Punjab Mental Hospital Lahore 1932-46 - 1932-1946
Year: 1932
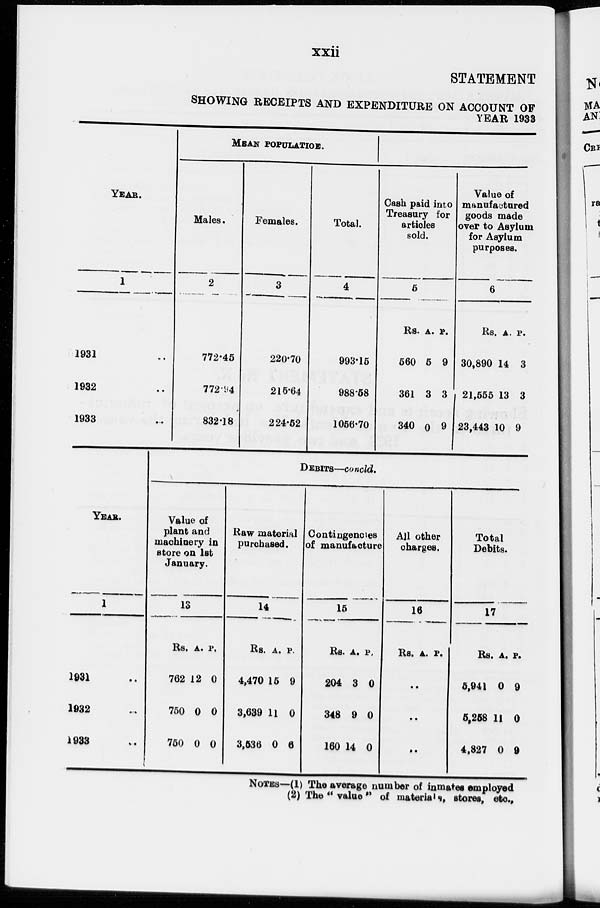
xxii
STATEMENT
SHOWING RECEIPTS AND EXPENDITURE ON ACCOUNT OF
YEAR 1933
YEAR.
1
1931 ..
1932 ..
1933 ..
MEAN POPULATION.
Males.
2
772.45
772.94
832.18
Females.
3
220.70
215.64
224.52
Total.
4
993.15
988.58
1056.70
Cash paid into
Treasury for
articles
sold.
5
Rs.
560
361
340
A.
5
3
0
P.
9
3
9
Value of
manufactured
goods made
over to Asylum
for Asylum
purposes.
6
Rs
30,890
21,555
23,443
A.
14
13
10
P.
3
3
9
YEAR.
1
1931 ..
1932 ..
1933 ..
DEBITS—concld.
Value of
plant and
machinery in
store on 1st
January.
13
Rs.
762
750
750
A.
12
0
0
P.
0
0
0
Raw material
purchased.
14
Rs.
4,470
3,639
3,536
A.
15
11
0
P.
9
0
6
Contingencies
of manufacture
15
Rs.
204
348
160
A.
3
9
14
P.
0
0
0
All other
charges.
16
Rs. A. P.
..
..
..
Total
Debits.
17
Rs.
5,941
5,258
4,827
A.
0
11
0
P.
9
0
9
NOTES—(1) The average number of inmates employed
(2) The " value " of materials, stores, etc.,